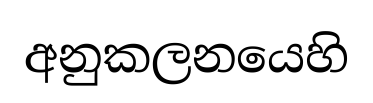
අනුකලනයෙහි